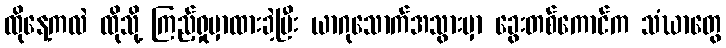
ထိုနေ့ကလဲ ထိုသို့ ကြည့်ရှုမှာထားခဲ့ပြီး ယာဂုသောက်အသွားမှာ ခွေးတစ်ကောင်က သံဃာတွေ